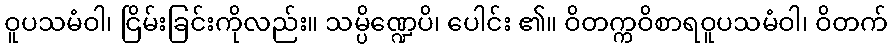
ဝူပသမံဝါ၊ ငြိမ်းခြင်းကိုလည်း။ သမ္ပိဏ္ဍေပိ၊ ပေါင်း ၏။ ဝိတက္ကဝိစာရဝူပသမံဝါ၊ ဝိတက်